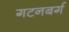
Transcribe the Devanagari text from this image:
गटनबर्ग